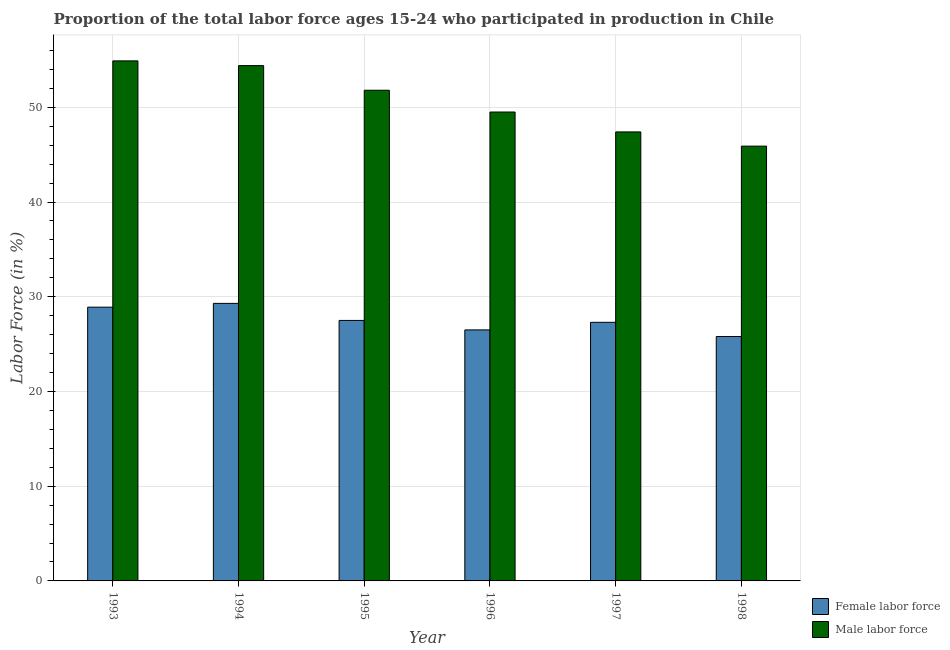
| Year | Female labor force | Male labor force |
 | --- | --- | --- |
 | 1993 | 28.9 | 54.9 |
 | 1994 | 29.3 | 54.4 |
 | 1995 | 27.5 | 51.8 |
 | 1996 | 26.5 | 49.5 |
 | 1997 | 27.3 | 47.4 |
 | 1998 | 25.8 | 45.9 |